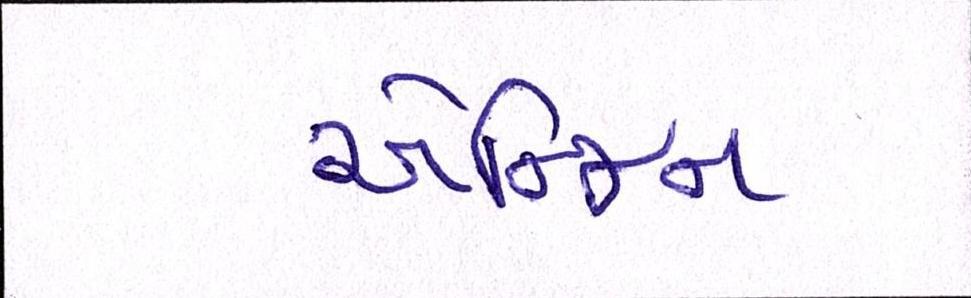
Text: એન્જિન